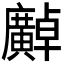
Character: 𫸍